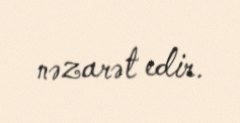
nəzarət edir.